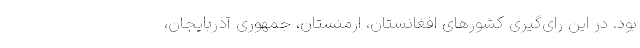
بود. در این رای‌گیری کشورهای افغانستان، ارمنستان، جمهوری آذربایجان،